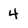
Character: 4